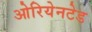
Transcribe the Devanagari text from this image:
ओरियेनटेड